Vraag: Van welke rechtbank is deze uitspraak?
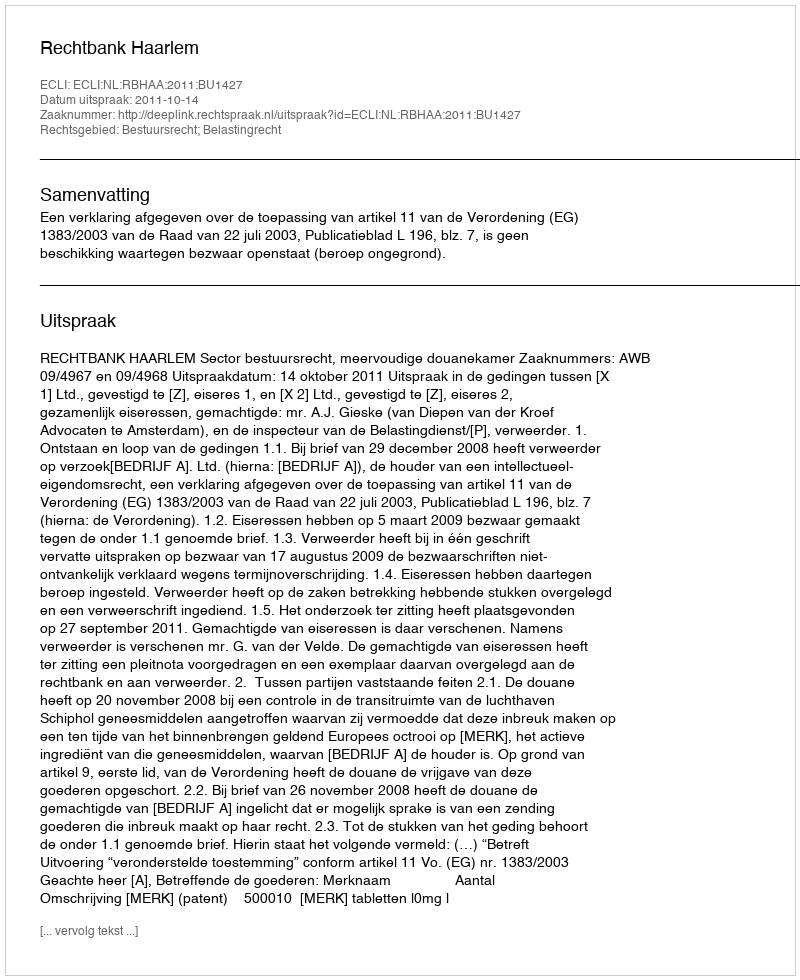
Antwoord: Rechtbank Haarlem